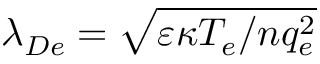
\lambda _ { D e } = \sqrt { \varepsilon \kappa T _ { e } / n q _ { e } ^ { 2 } }